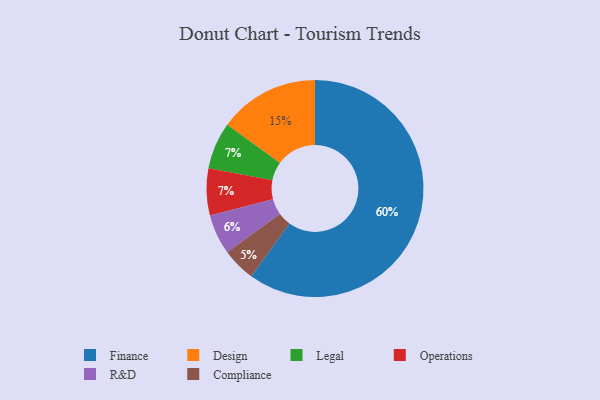
{"axis": {"x": "Category", "y": "Percentage"}, "legend": ["Compliance", "Design", "Finance", "Legal", "Operations", "R&D"], "data": [{"x": "Compliance", "y": 5, "type": "Compliance"}, {"x": "R&D", "y": 6, "type": "R&D"}, {"x": "Legal", "y": 7, "type": "Legal"}, {"x": "Finance", "y": 60, "type": "Finance"}, {"x": "Operations", "y": 7, "type": "Operations"}, {"x": "Design", "y": 15, "type": "Design"}]}